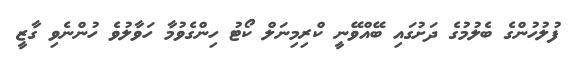
ފުލުހުންގެ ބެލުމުގެ ދަށުގައި ބޭއްވޭނީ ކްރިމިނަލް ކޯޓު ހިންގެވުމާ ހަވާލުވެ ހުންނެވި ގާޒީ